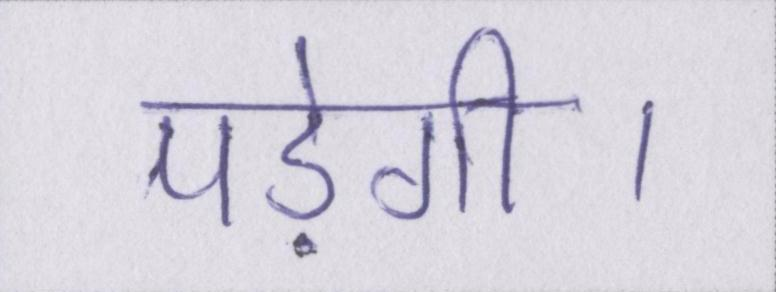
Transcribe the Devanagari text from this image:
पड़ेगी।